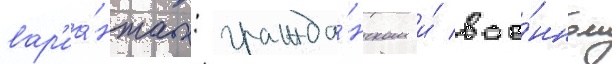
вар'иа́нтах: гражда́нском и́ вое́нном